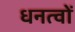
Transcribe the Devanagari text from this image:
धनत्वों